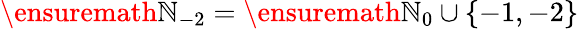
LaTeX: \ensuremath{\mathbb{N}}_{-2}=\ensuremath{\mathbb{N}}_{0}\cup\{ -1,-2\}